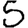
Digit: 5